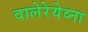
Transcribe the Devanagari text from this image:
वालेरेयेव्ना